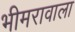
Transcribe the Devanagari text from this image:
भीमरावाला